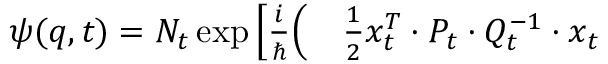
\begin{array} { r l } { \psi ( q , t ) = N _ { t } \exp \Big [ \frac { i } { \hbar } \Big ( } & { { } \frac { 1 } { 2 } x _ { t } ^ { T } \cdot P _ { t } \cdot Q _ { t } ^ { - 1 } \cdot x _ { t } } \end{array}